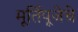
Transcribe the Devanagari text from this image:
मूर्तिपूजेचे